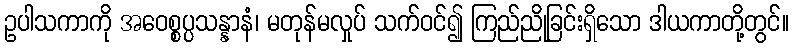
ဥပါသကာကို အဝေစ္စပ္ပသန္နာနံ၊ မတုန်မလှုပ် သက်ဝင်၍ ကြည်ညိုခြင်းရှိသော ဒါယကာတို့တွင်။